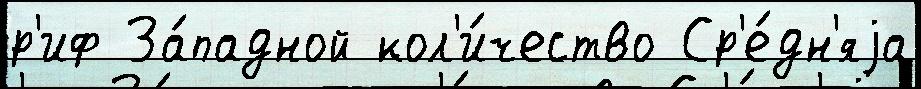
р'иф За́падной кол'и́чество Ср'е́дн'яjа